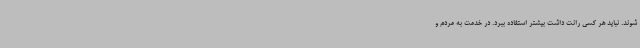
شوند. نباید هر کسی رانت داشت بیشتر استفاده ببرد. در خدمت به مردم و